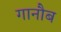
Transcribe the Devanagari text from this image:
गानौब